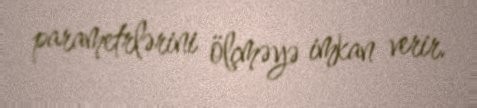
parametrlərini ölçməyə imkan verir.